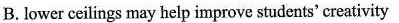
B. lower ceilings may help improve students'creativity